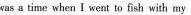
was a time when I went to fish with my